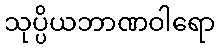
သုပ္ပိယဘာဏဝါရော